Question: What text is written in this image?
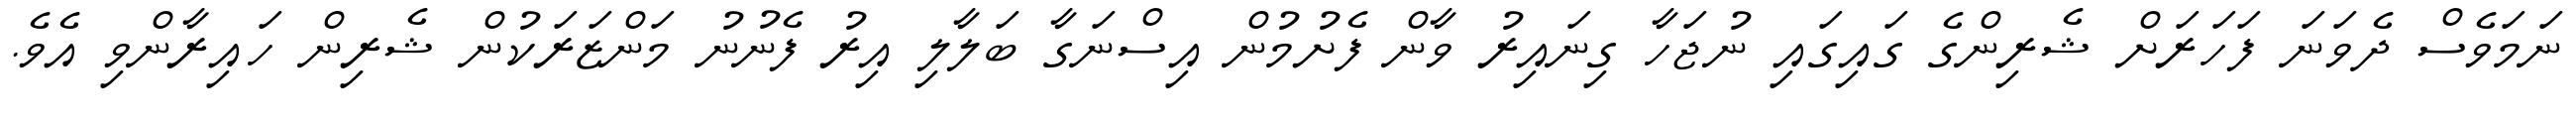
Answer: ނަމަވެސް ދެވަނަ ފަހަރަށް ޝެރިންގެ ގައިގައި ނުޖަހާ ގިނައިރު ވާން ފެށުމުން އިސްނަގާ ބަލާލި އިރު ފެނުނު މަންޒަރަކުން ޝެރިން ހައިރާންވި އެވެ.